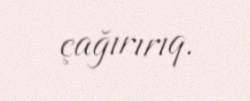
çağırırıq.